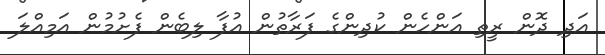
އަދި ދޮން ރީތި އަންހެން ކުދިންގެ ފަރާތުން އުފާ ލިބެން ފެށުމުން އަމިއްލަ